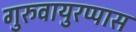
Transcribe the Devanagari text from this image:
गुरुवायुरप्पास